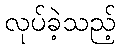
လုပ်ခဲ့သည့်